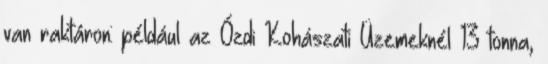
van raktáron: például az Ózdi Kohászati Üzemeknél 13 tonna,